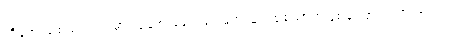
ကိုအေးချစ်သည် ရွာမှာ လူချစ်လူခင် ပေါများသူတစ်ယောက်ဖြစ်ကြောင်း သိသာသည်။